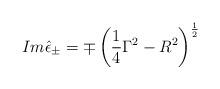
LaTeX: \begin{align*}Im\hat \epsilon _{\pm }=\mp \left( \frac 14\Gamma^2-R^2\right) ^{\frac 12}\end{align*}